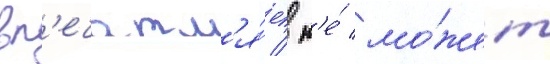
вп'ечатл'я́ет / н'е́ мо́жет